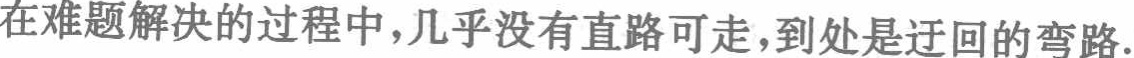
在难题解决的过程中,几乎没有直路可走,到处是迂回的弯路.